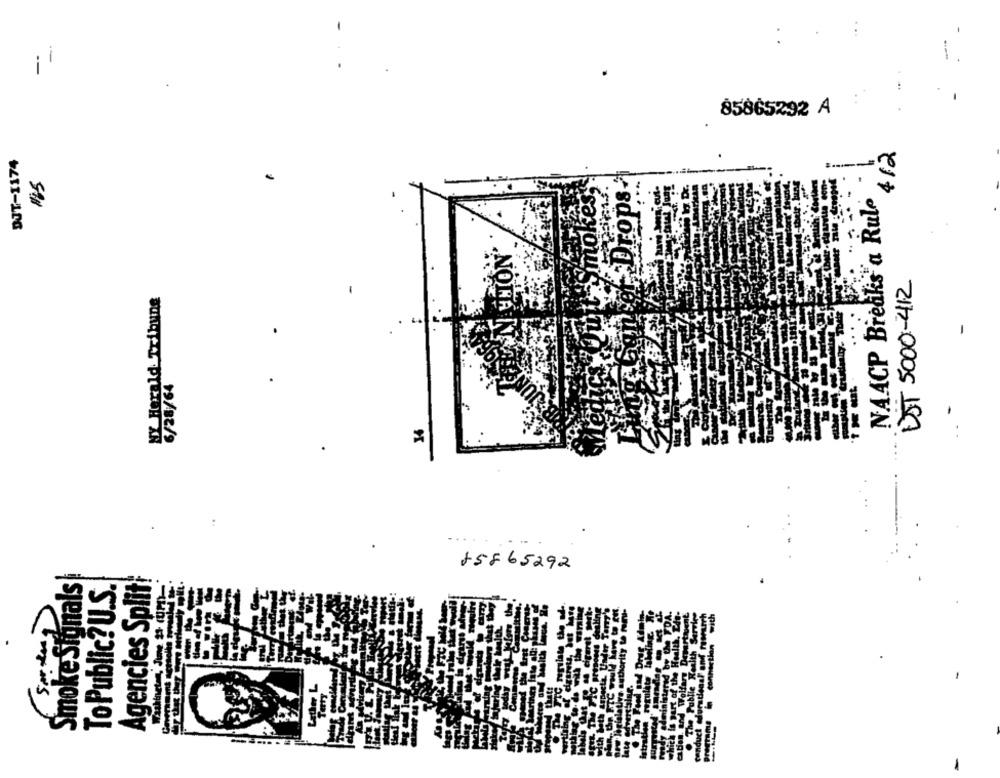
-
--
85865292 A
412
DJT-1174
Drops?
NAACP Breaks a Rule
UST 5000-412
NY Herald Tribune
6/28/64
.......
+5865292
Smoke Signals
-
To Public?U.S.
Agencies Split!